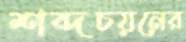
শব্দচয়নের